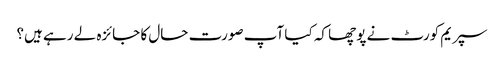
سپریم کورٹ نے پوچھا کہ کیا آپ صورت حال کا جائزہ لے رہے ہیں؟